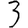
Digit: 3